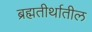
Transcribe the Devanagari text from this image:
ब्रह्मतीर्थातील